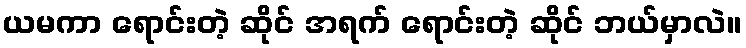
ယမကာ ရောင်းတဲ့ ဆိုင် အရက် ရောင်းတဲ့ ဆိုင် ဘယ်မှာလဲ။